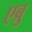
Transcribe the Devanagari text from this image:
एब्रु